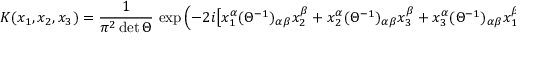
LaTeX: K ( x _ { 1 } , x _ { 2 } , x _ { 3 } ) = \frac { 1 } { \pi ^ { 2 } \operatorname * { d e t } \Theta } \, \exp \left( - 2 i \bigl [ x _ { 1 } ^ { \alpha } ( \Theta ^ { - 1 } ) _ { \alpha \beta } x _ { 2 } ^ { \beta } + x _ { 2 } ^ { \alpha } ( \Theta ^ { - 1 } ) _ { \alpha \beta } x _ { 3 } ^ { \beta } + x _ { 3 } ^ { \alpha } ( \Theta ^ { - 1 } ) _ { \alpha \beta } x _ { 1 } ^ { \beta } \bigr ] \right) ,